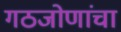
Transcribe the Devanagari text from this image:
गठजोणांचा